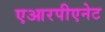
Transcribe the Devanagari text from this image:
एआरपीएनेट